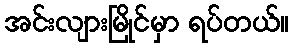
အင်းလျားမြိုင်မှာ ရပ်တယ်။